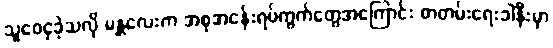
သူဝေငှခဲ့သလို မန္တလေးက အစုအငန်းရပ်ကွက်တွေအကြောင်း စာတမ်းရေးခါနီးမှာ